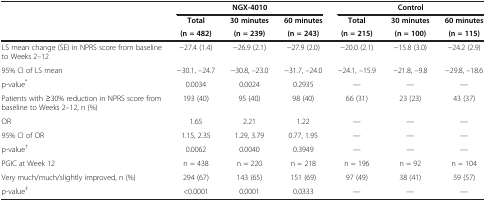
| <ROWSPAN=3>  | <COLSPAN=3> NGX-4010 | <COLSPAN=3> Control |
 | Total | 30 minutes | 60 minutes | Total | 30 minutes | 60 minutes |
 | (n = 482) | (n = 239) | (n = 243) | (n = 215) | (n = 100) | (n = 115) |
 | --- | --- | --- | --- | --- | --- | --- |
 | LS mean change (SE) in NPRS score from baseline to Weeks 2–12 | −27.4 (1.4) | −26.9 (2.1) | −27.9 (2.0) | −20.0 (2.1) | −15.8 (3.0) | −24.2 (2.9) |
 | 95% CI of LS mean | −30.1, –24.7 | −30.8, –23.0 | −31.7, –24.0 | −24.1, –15.9 | −21.8, –9.8 | −29.8, –18.6 |
 | p-value* | 0.0034 | 0.0024 | 0.2935 | — | — | — |
 | Patients with ≥30% reduction in NPRS score from baseline to Weeks 2–12, n (%) | 193 (40) | 95 (40) | 98 (40) | 66 (31) | 23 (23) | 43 (37) |
 | OR | 1.65 | 2.21 | 1.22 | — | — | — |
 | 95% CI of OR | 1.15, 2.35 | 1.29, 3.79 | 0.77, 1.95 | — | — | — |
 | p-value† | 0.0062 | 0.0040 | 0.3949 | — | — | — |
 | PGIC at Week 12 | n = 438 | n = 220 | n = 218 | n = 196 | n = 92 | n = 104 |
 | Very much/much/slightly improved, n (%) | 294 (67) | 143 (65) | 151 (69) | 97 (49) | 38 (41) | 59 (57) |
 | p-value‡ | <0.0001 | 0.0001 | 0.0333 | — | — | — |